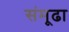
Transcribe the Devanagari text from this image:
संमूढा